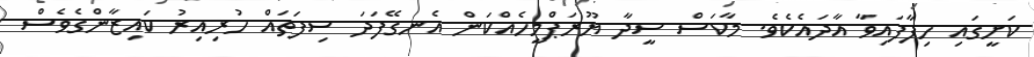
ކަށީގައި ހިފާފައިވާ އާދައެކެވެ. މާކަސް ސީދާ ޔޫރަޕްމީހެއްކަން އެނގޭފަދަ ސިފަތައް ހުރިއިރު ކައިޒާންގެވެސް